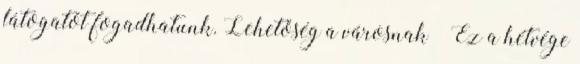
látogatót fogadhatunk. Lehetőség a városnak – Ez a hétvége